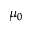
\mu _ { 0 }